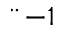
¨ { - 1 }